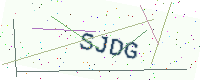
Text: SJDG